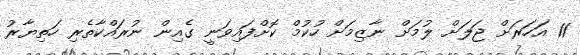
11 އަހަރަށް ޖަލަށް ލުމަށް ނާޒިމަށް ހުކުމް ކޮށްފައިވަނީ ގެއިން ނުރައްކާތެރި ހަތިޔާރު